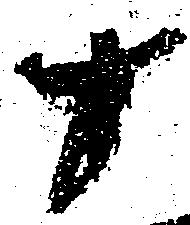
十